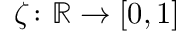
\zeta \colon \ensuremath { \mathbb { R } } \to [ 0 , 1 ]